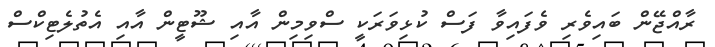
ރާއްޖޭން ބައިވެރި ވެފައިވާ ފަސް ކުޅިވަރަކީ ސްވިމިން އާއި ޝޫޓީން އާއި އެތުލެޓިކްސް